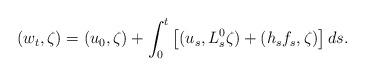
LaTeX: \begin{align*} (w_{t},\zeta)=(u_{0},\zeta)+ \int_{0}^{t}\big[(u_{s},L^{0}_{s}\zeta )+(h_{s}f_{s},\zeta)\big]\,ds.\end{align*}